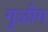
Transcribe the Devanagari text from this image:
गुळीग